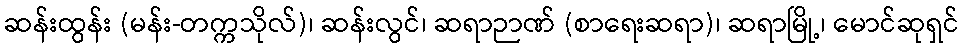
ဆန်းထွန်း (မန်း-တက္ကသိုလ်)၊ ဆန်းလွင်၊ ဆရာဉာဏ် (စာရေးဆရာ)၊ ဆရာမြို့၊ မောင်ဆုရှင်